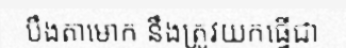
បឹងតាមោក នឹងត្រូវយកធ្វើជា